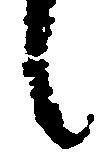
候